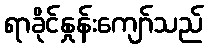
ရာခိုင်နှုန်းကျော်သည်